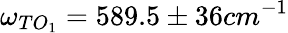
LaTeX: \omega_{TO_{1}}=589.5\pm 36cm^{-1}